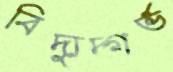
বিদ্যুদ্গর্ভ